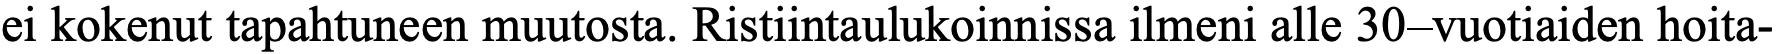
ei kokenut tapahtuneen muutosta. Ristiintaulukoinnissa ilmeni alle 30–vuotiaiden hoita-